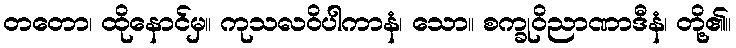
တတော၊ ထိုနောင်မှ။ ကုသလဝိပါကာနံ၊ သော။ စက္ခုဝိညာဏာဒီနံ၊ တို့၏။